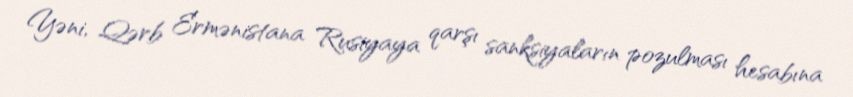
Yəni, Qərb Ermənistana Rusiyaya qarşı sanksiyaların pozulması hesabına